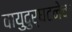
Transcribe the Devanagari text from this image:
वायुदुर्घटनेचा